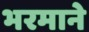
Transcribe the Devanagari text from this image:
भरमाने